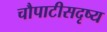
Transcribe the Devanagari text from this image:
चौपाटीसदृष्य